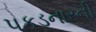
પકડનારની